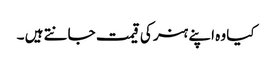
کیا وہ اپنے ہنر کی قیمت جانتے ہیں ۔